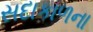
સદાકાળના